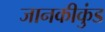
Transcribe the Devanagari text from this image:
जानकीकुंड